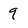
Character: q